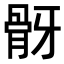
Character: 𩨠